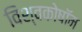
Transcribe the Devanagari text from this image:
विश्वकोषॉम